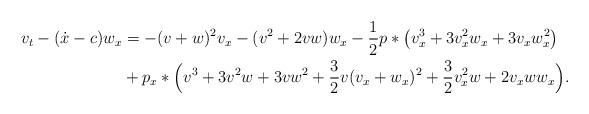
LaTeX: \begin{align*}v_t-(\dot{x}-c)w_x&=-(v+w)^2v_x-(v^2+2vw)w_x-\dfrac{1}{2}p*\big(v_x^3+3v_x^2w_x+3v_xw_x^2\big)\\ & +p_x*\Big(v^3+3v^2w+3vw^2+\dfrac{3}{2}v(v_x+w_x)^2+\dfrac{3}{2}v_x^2w+2v_xww_x\Big).\end{align*}